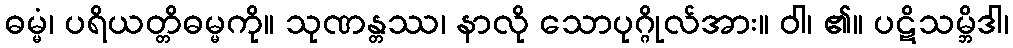
ဓမ္မံ၊ ပရိယတ္တိဓမ္မကို။ သုဏန္တဿ၊ နာလို သောပုဂ္ဂိုလ်အား။ ဝါ၊ ၏။ ပဋိသမ္ဘိဒါ၊